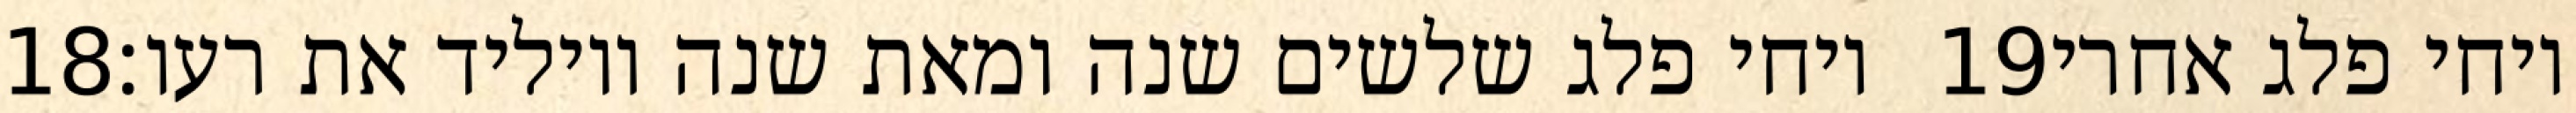
‎18‏ ויחי פלג שלשים שנה ומאת שנה ויוליד את רעו׃ ‎19‏ ויחי פלג אחרי